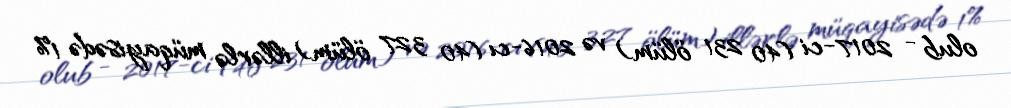
olub - 2017-ci (40 231 ölüm) və 2016-cı (40 327 ölüm) illərlə müqayisədə 1%